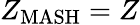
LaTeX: Z_{\mathrm{MASH}}=Z